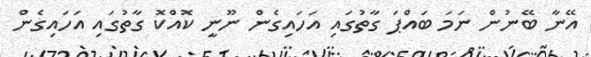
އޭނާ ބޭނުން ނަމަ ބައްޕަ ގާތުގައި އަހައިގެން ނޫނީ ކޮއްކޮ ގާތުގައި އަހައިގެން